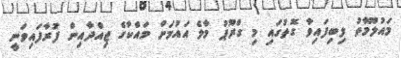
މައުލޫމާތު ލިބިފައިވާ ގޮތުގައި މި ގްރޫޕު މާލެ އައުމަށް މައްކާގެ ޖިއްދާއިން ފުރާފައިވަނީ